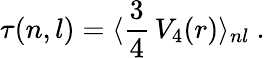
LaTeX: \tau(n,l)=\langle\frac{3}{4}\, V_{4}(r)\rangle_{nl}\ .